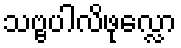
သဗ္ဗပါလိဖုလ္လော